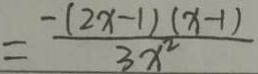
= \frac { - ( 2 x - 1 ) ( x - 1 ) } { 3 x ^ { 2 } }